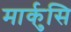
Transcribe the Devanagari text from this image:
मार्कुसि